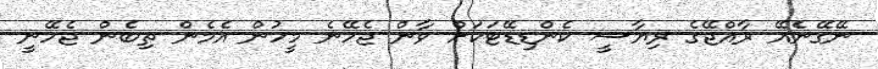
ނޭގޭނެެއޭ ރާއްޖޭގެ ރިޔާސީ ކެންޑިޑޭޓަކަށް ވާން ޖެހޭނެ މީހުން އެމެން ތިބެން ޖެހޭނީ